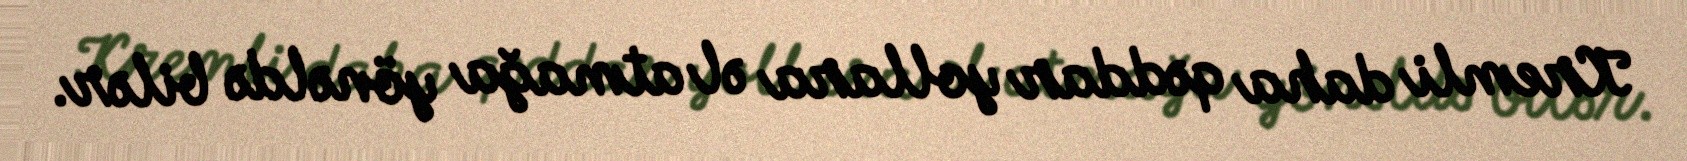
Kremli daha qəddar yollara əl atmağa yönəldə bilər.